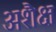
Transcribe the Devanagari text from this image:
अशैक्ष